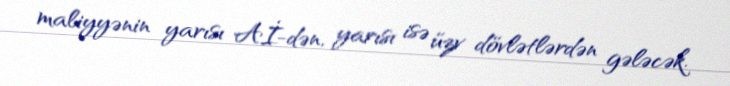
maliyyənin yarısı Aİ-dən, yarısı isə üzv dövlətlərdən gələcək.